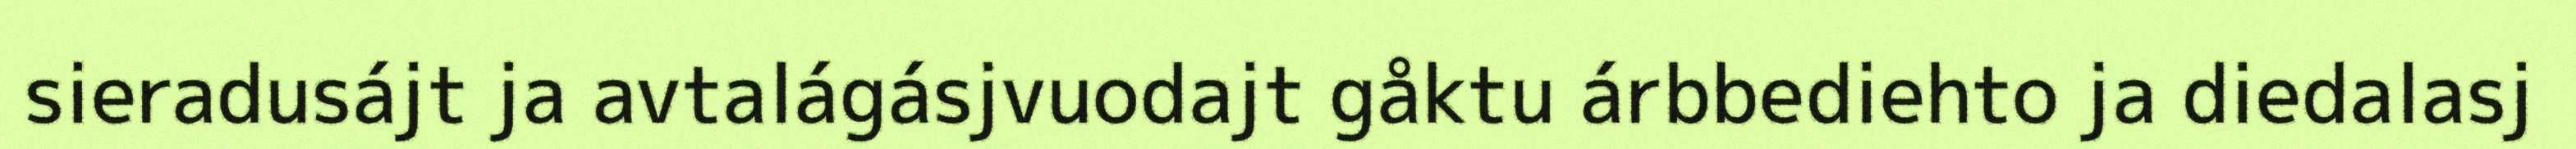
sieradusájt ja avtalágásjvuodajt gåktu árbbediehto ja diedalasj